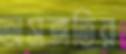
অসঙ্গতির